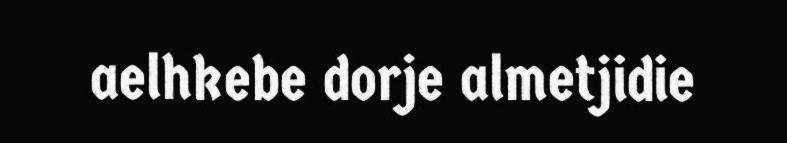
aelhkebe dorje almetjidie